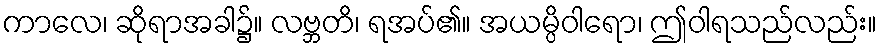
ကာလေ၊ ဆိုရာအခါ၌။ လဗ္ဘတိ၊ ရအပ်၏။ အယမ္ပိဝါရော၊ ဤဝါရသည်လည်း။